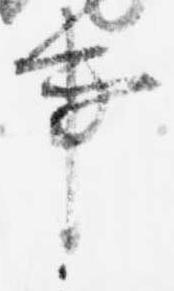
事